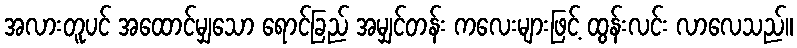
အလားတူပင် အထောင်မျှသော ရောင်ခြည် အမျှင်တန်း ကလေးများဖြင့် ထွန်းလင်း လာလေသည်။